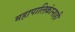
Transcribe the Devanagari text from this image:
महापालिकांनाही